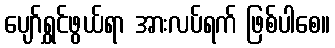
ပျော်ရွှင်ဖွယ်ရာ အားလပ်ရက် ဖြစ်ပါစေ။